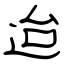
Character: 迨